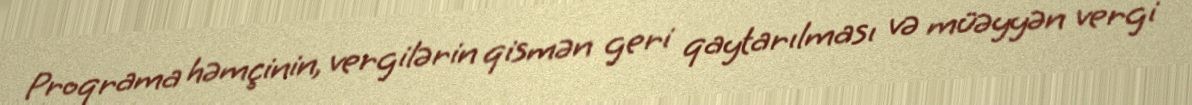
Proqrama həmçinin, vergilərin qismən geri qaytarılması və müəyyən vergi